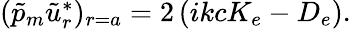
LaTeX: \begin{array}{r}{(\tilde{p}_{m}\tilde{u}_{r}^{*})_{r=a}=2\left(ikcK_{e}-D_{e}\right).}\end{array}